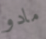
مادو